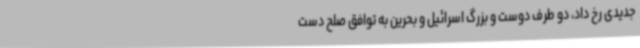
جدیدی رخ داد، دو طرف دوست و بزرگ اسرائیل و بحرین به توافق صلح دست